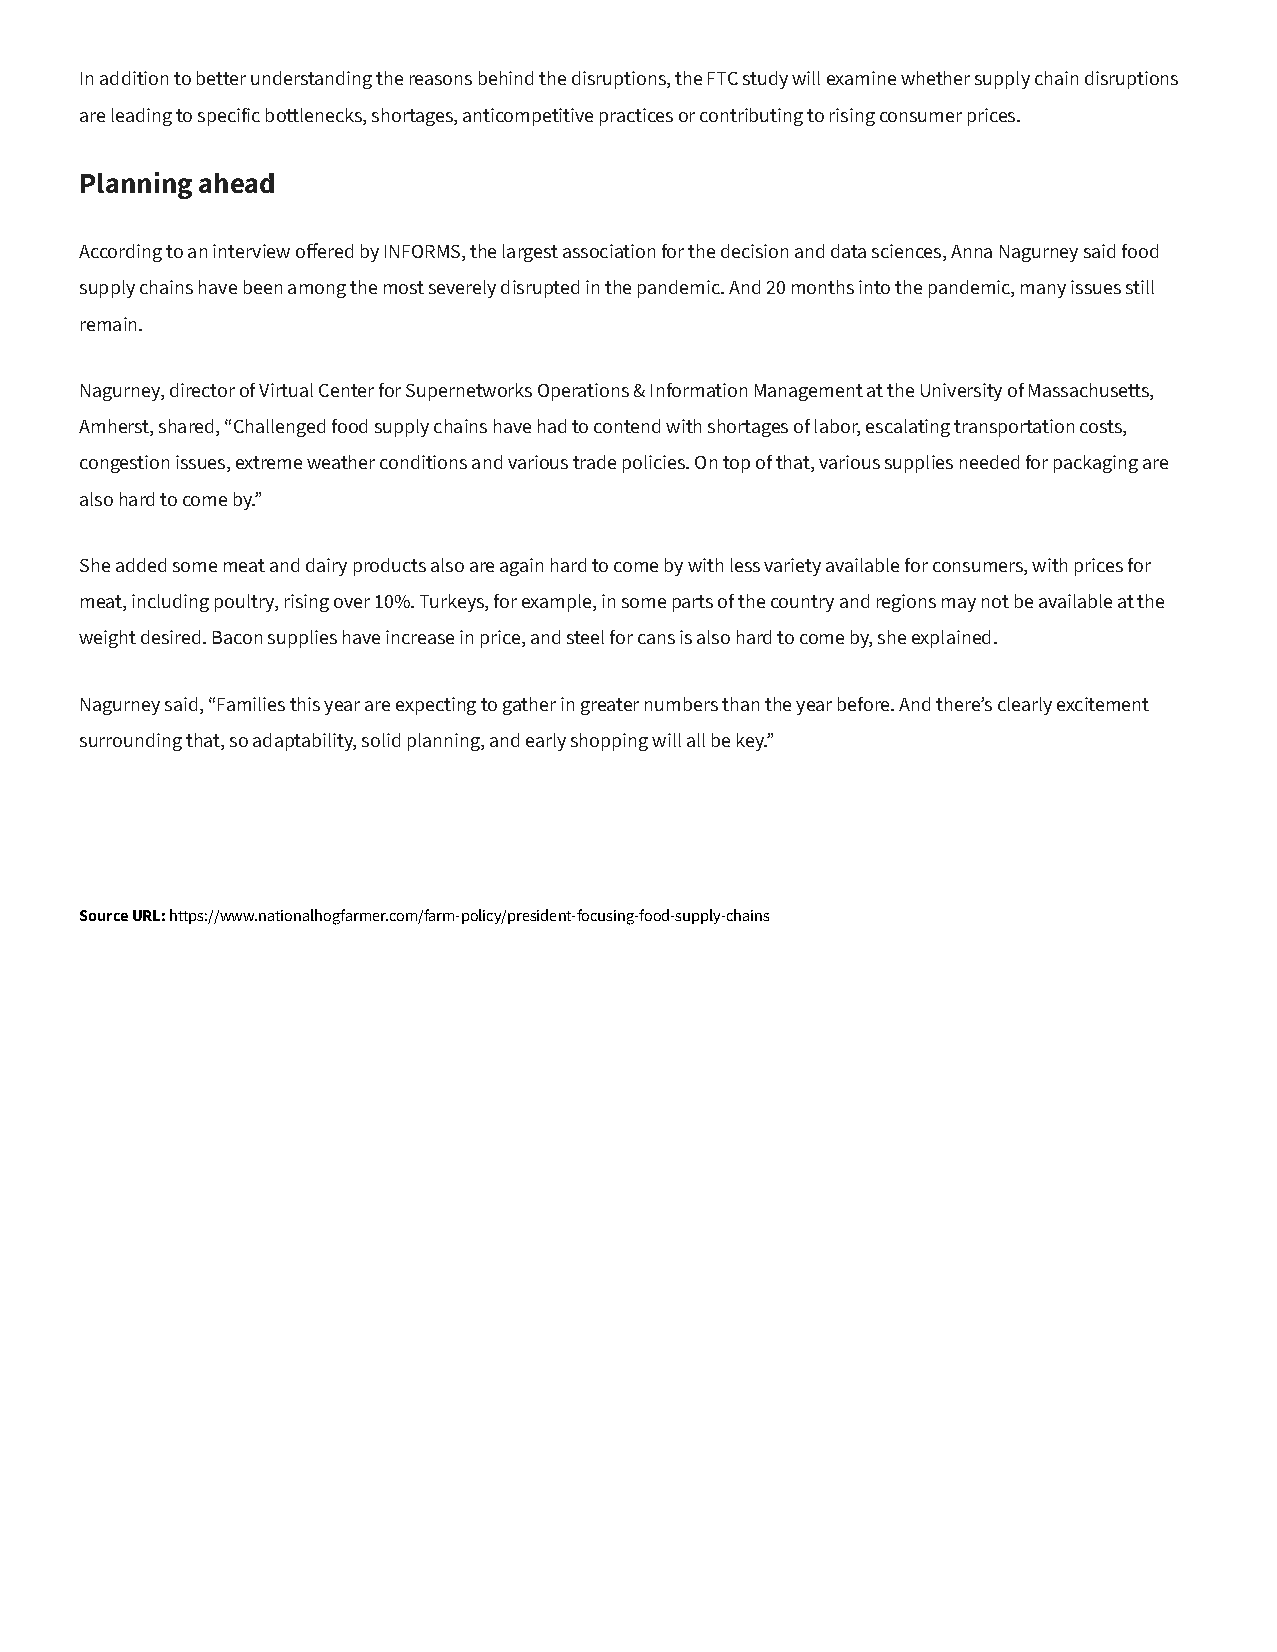
In addition to better understanding the reasons behind the disruptions, the FTC study will examine whether supply chain disruptions
 are leading to specific bottlenecks, shortages, anticompetitive practices or contributing to rising consumer prices.
 Planning ahead
 According to an interview offered by INFORMS, the largest association for the decision and data sciences, Anna Nagurney said food
 supply chains have been among the most severely disrupted in the pandemic. And 20 months into the pandemic, many issues still
 remain.
 Nagurney, director of Virtual Center for Supernetworks Operations & Information Management at the University of Massachusetts,
 Amherst, shared, “Challenged food supply chains have had to contend with shortages of labor, escalating transportation costs,
 congestion issues, extreme weather conditions and various trade policies. On top of that, various supplies needed for packaging are
 also hard to come by.”
 She added some meat and dairy products also are again hard to come by with less variety available for consumers, with prices for
 meat, including poultry, rising over 10%. Turkeys, for example, in some parts of the country and regions may not be available at the
 weight desired. Bacon supplies have increase in price, and steel for cans is also hard to come by, she explained.
 Nagurney said, “Families this year are expecting to gather in greater numbers than the year before. And there’s clearly excitement
 surrounding that, so adaptability, solid planning, and early shopping will all be key.”
 Source URL: https://www.nationalhogfarmer.com/farm-policy/president-focusing-food-supply-chains